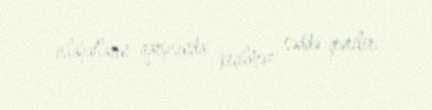
islahatların qarşısında keçilməz səddə çevrilir.